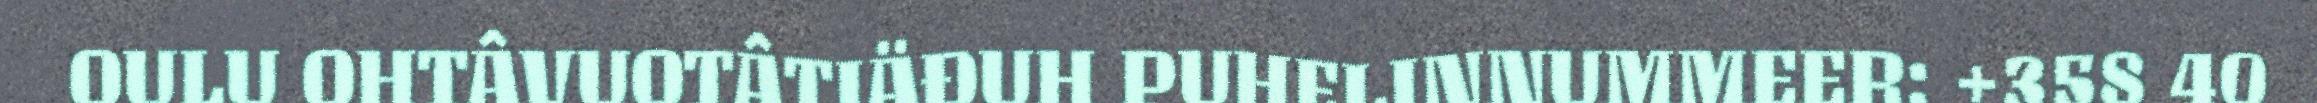
OULU OHTÂVUOTÂTIÄĐUH PUHELINNUMMEER: +358 40